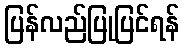
ပြန်လည်ပြုပြင်ရန်